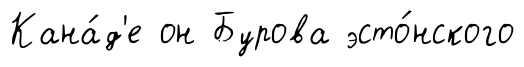
Кана́д'е он Бурова эсто́нского